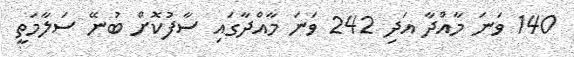
140 ވަނަ މާއްދާ އަދި 242 ވަނަ މާއްދާގައި ސާފުކޮށް ބުނޭ ސަލާމަތީ